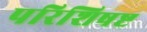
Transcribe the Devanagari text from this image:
परिशिषष्ट